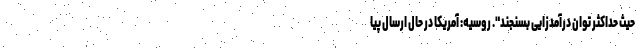
حیث حداکثر توان درآمدزایی بسنجند". روسیه: آمریکا در حال ارسال پیا